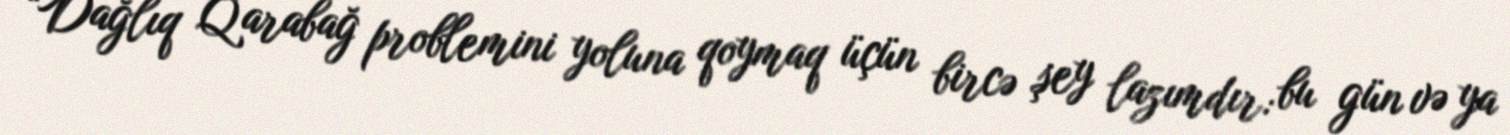
“Dağlıq Qarabağ problemini yoluna qoymaq üçün bircə şey lazımdır: bu gün və ya